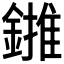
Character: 𨫻